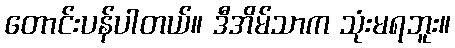
တောင်းပန်ပါတယ်။ ဒီအိမ်သာက သုံးမရဘူး။